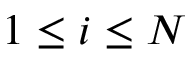
1 \leq i \leq N